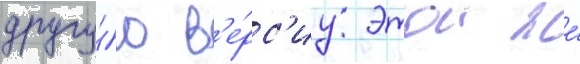
другу́ю в'е́рс'иу этои же́